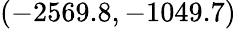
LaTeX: (-2569.8,-1049.7)